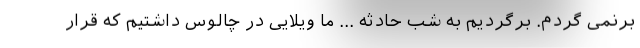
برنمی گردم. برگردیم به شب حادثه ... ما ویلایی در چالوس داشتیم که قرار